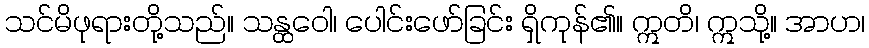
သင်မိဖုရားတို့သည်။ သန္ထဝေါ၊ ပေါင်းဖော်ခြင်း ရှိကုန်၏။ ဣတိ၊ ဣသို့။ အာဟ၊